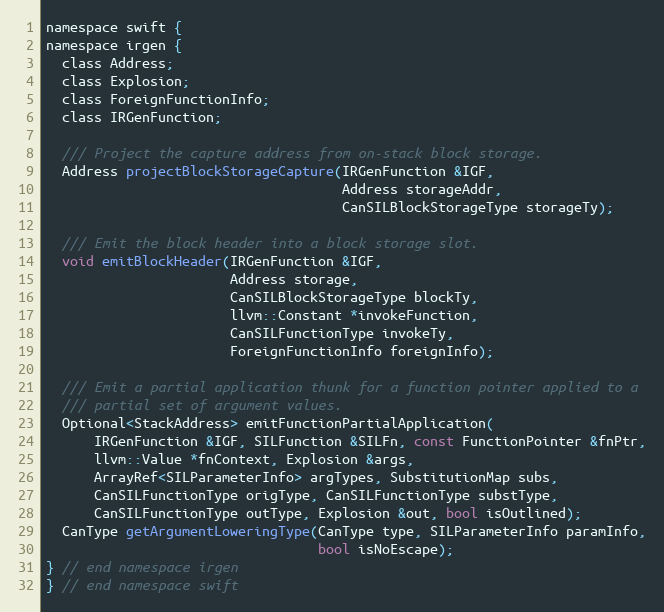
Language: C
namespace swift {
namespace irgen {
  class Address;
  class Explosion;
  class ForeignFunctionInfo;
  class IRGenFunction;

  /// Project the capture address from on-stack block storage.
  Address projectBlockStorageCapture(IRGenFunction &IGF,
                                     Address storageAddr,
                                     CanSILBlockStorageType storageTy);

  /// Emit the block header into a block storage slot.
  void emitBlockHeader(IRGenFunction &IGF,
                       Address storage,
                       CanSILBlockStorageType blockTy,
                       llvm::Constant *invokeFunction,
                       CanSILFunctionType invokeTy,
                       ForeignFunctionInfo foreignInfo);

  /// Emit a partial application thunk for a function pointer applied to a
  /// partial set of argument values.
  Optional<StackAddress> emitFunctionPartialApplication(
      IRGenFunction &IGF, SILFunction &SILFn, const FunctionPointer &fnPtr,
      llvm::Value *fnContext, Explosion &args,
      ArrayRef<SILParameterInfo> argTypes, SubstitutionMap subs,
      CanSILFunctionType origType, CanSILFunctionType substType,
      CanSILFunctionType outType, Explosion &out, bool isOutlined);
  CanType getArgumentLoweringType(CanType type, SILParameterInfo paramInfo,
                                  bool isNoEscape);
} // end namespace irgen
} // end namespace swift